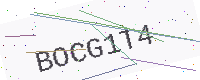
Text: BOCG1T4